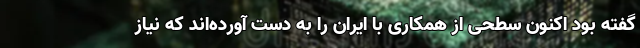
گفته بود اکنون سطحی از همکاری با ایران را به دست آورده‌اند که نیاز